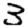
Digit: 3